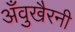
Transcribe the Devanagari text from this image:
अँवुखैरनी